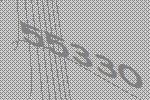
55330